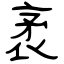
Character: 袤